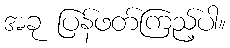
အခု ပြန်ဖတ်ကြည့်ပါ။